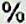
%